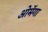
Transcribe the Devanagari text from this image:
ओमॅगा